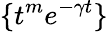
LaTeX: \{ t^{m}e^{-\gamma t}\}